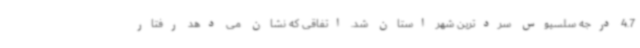
4.7 درجه سلسیوس سردترین شهر استان شد. اتفاقی که نشان می دهد رفتار